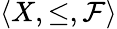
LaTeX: \langle X,\leq,{\mathcal{F}}\rangle